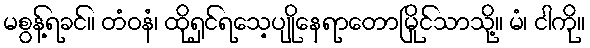
မစွန့်ရခင်။ တံဝနံ၊ ထိုရှင်ရသေ့ပျိုနေရာတောမြိုင်သာသို့။ မံ၊ ငါကို။